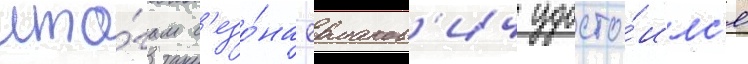
ито́гам с'езо́на ермаков'ич удосто́илс'я